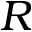
R